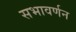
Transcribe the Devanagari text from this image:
सभावर्णन